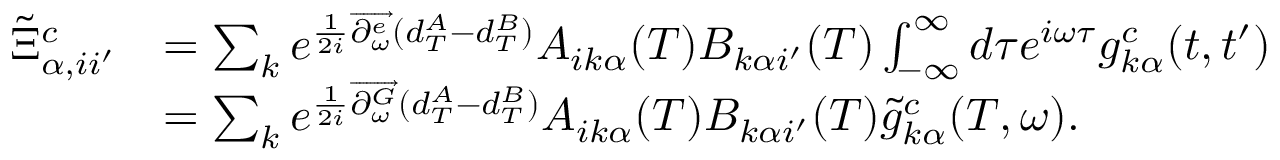
\begin{array} { r l } { \tilde { \Xi } _ { \alpha , i i ^ { \prime } } ^ { c } } & { = \sum _ { k } e ^ { \frac { 1 } { 2 i } \overrightarrow { \partial _ { \omega } ^ { e } } ( d _ { T } ^ { A } - d _ { T } ^ { B } ) } A _ { i k \alpha } ( T ) B _ { k \alpha i ^ { \prime } } ( T ) \int _ { - \infty } ^ { \infty } d \tau e ^ { i \omega \tau } g _ { k \alpha } ^ { c } ( t , t ^ { \prime } ) } \\ & { = \sum _ { k } e ^ { \frac { 1 } { 2 i } \overrightarrow { \partial _ { \omega } ^ { G } } ( d _ { T } ^ { A } - d _ { T } ^ { B } ) } A _ { i k \alpha } ( T ) B _ { k \alpha i ^ { \prime } } ( T ) \tilde { g } _ { k \alpha } ^ { c } ( T , \omega ) . } \end{array}